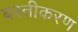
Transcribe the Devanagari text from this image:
बस्तीकरण